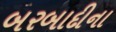
બરબાદીના